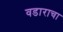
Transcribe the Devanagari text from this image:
वडाराचा